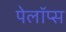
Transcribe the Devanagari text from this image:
पेलॉप्स